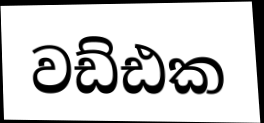
වඩ්ඪක